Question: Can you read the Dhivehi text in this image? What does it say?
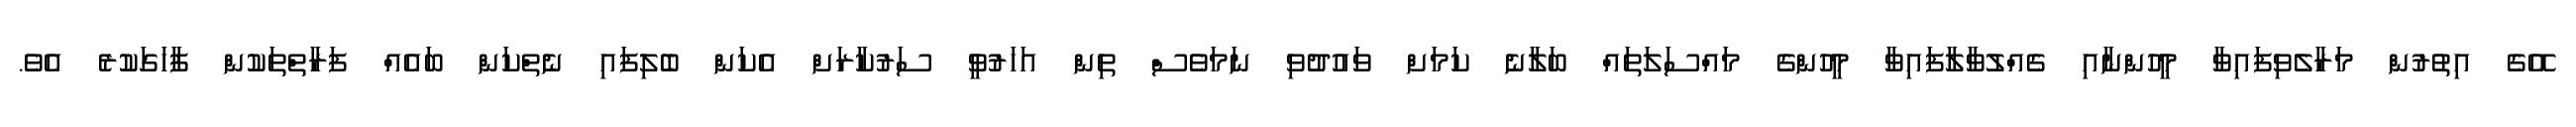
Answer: އޭގެ އިތުރުން މަރާލެވިފައިވާ މީހުންނާއި ގެއްލުވާލާފައިވާ މީހުންގެ މައްސަލަތައް ބަލާނެ ކަމަށް ވައުދުވި ނަމަވެސް ތިން އަހަރުވީ ސަރުކާރަށް އެކަން ބެލިފައި ނެތްކަން ބައެއް ފަރާތްތަކުން ފާހަގަކުރެ އެވެ.